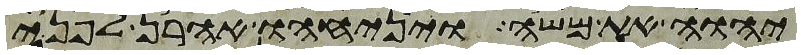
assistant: יהוה את משה ויניחהו אהרן לפני